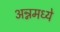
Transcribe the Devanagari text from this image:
अन्नमध्ये